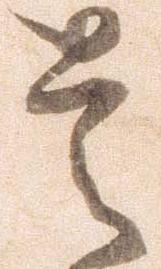
是